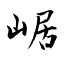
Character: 崌